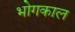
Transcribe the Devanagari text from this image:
भोगकाल